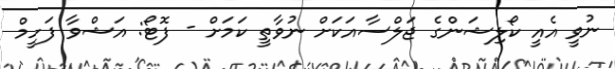
ނުވީ އެއީ ކޯލިޝަންގެ ޖަލްސާއަކަށް ނުވާތީ ކަމަށް - ފޮޓޯ: އަޝްވާ ފަހީމް